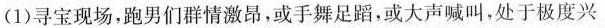
(1) 寻宝现场，跑男们群情激昂，或手舞足蹈，或大声喊叫，处于极度兴